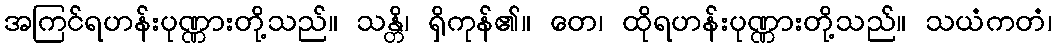
အကြင်ရဟန်းပုဏ္ဏားတို့သည်။ သန္တိ၊ ရှိကုန်၏။ တေ၊ ထိုရဟန်းပုဏ္ဏားတို့သည်။ သယံကတံ၊